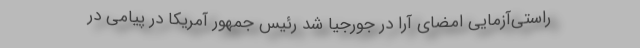
راستی‌آزمایی امضای آرا در جورجیا شد رئیس جمهور آمریکا در پیامی در